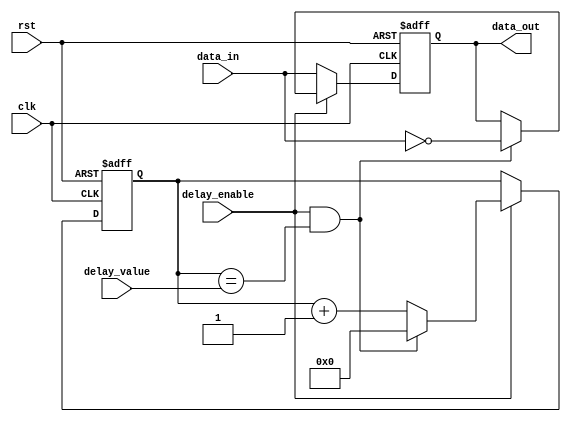
module nor_gate_delay (
    input wire clk,
    input wire rst,
    input wire delay_enable,
    input wire [7:0] delay_value,
    input wire data_in,
    output wire data_out
);

reg [7:0] counter;
wire trigger;

assign trigger = (delay_enable && counter == delay_value);

always @ (posedge clk or posedge rst) begin
    if (rst) begin
        counter <= 8'd0;
        data_out <= 1'b0;
    end else begin
        if (delay_enable) begin
            if (trigger) begin
                counter <= 8'd0;
                data_out <= ~data_in;
            end else begin
                counter <= counter + 1;
                data_out <= data_out;
            end
        end else begin
            data_out <= data_in;
        end
    end
end

endmodule